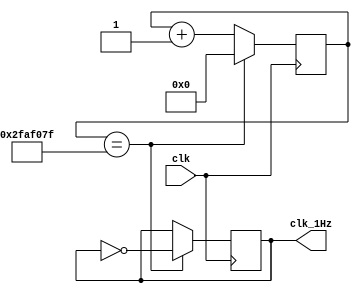
`timescale 1ns / 1ps

module oneHz_gen(
    input clk,          // 100MHz from Nexys
    output clk_1Hz
    );
    
    reg [25:0] r_counter = 0;
    reg r_clk_1Hz = 0;
    
    always @(posedge clk) begin
        if(r_counter == 49_999_999) begin
            r_counter <= 0;
            r_clk_1Hz <= ~r_clk_1Hz;
        end
        else
            r_counter <= r_counter + 1;
    end
    
    assign clk_1Hz = r_clk_1Hz;
    
endmodule